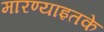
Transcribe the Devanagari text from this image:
मारण्याइतके